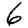
Digit: 6